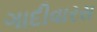
ગાદીવારસ